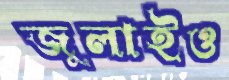
জুলাইও